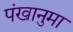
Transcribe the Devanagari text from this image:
पंखानुमा